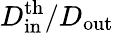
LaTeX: D_{\mathrm{in}}^{\mathrm{th}}/D_{\mathrm{out}}